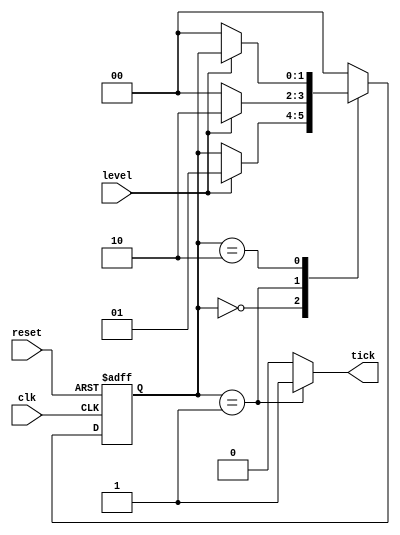
module edge_detect_moore
	(
		input wire clk, reset,
		input wire level,
		output reg tick
	);

	// symbolic state declaration
	localparam [1:0]
		zero = 2'b00,
		edg = 2'b01,
		one = 2'b10;
	
	// signal declaration
	reg [1:0] state_reg, state_next;

	// state register
	always @(posedge clk, posedge reset)
		if (reset)
			state_reg <= zero;
		else
			state_reg <= state_next;

	// next-state logic and output logic
	always @*
	begin
		state_next = state_reg;	// default state: the same
		tick = 1'b0;			// defualt output: zero
		case (state_reg)
			zero:
				if (level)
					state_next = edg;
			edg:
				begin
					tick = 1'b1;
					if (level)
						state_next = one;
					else
						state_next = zero;
				end
			one:
				if (~level)
					state_next = zero;
			default: state_next = zero;
		endcase	
	end
endmodule